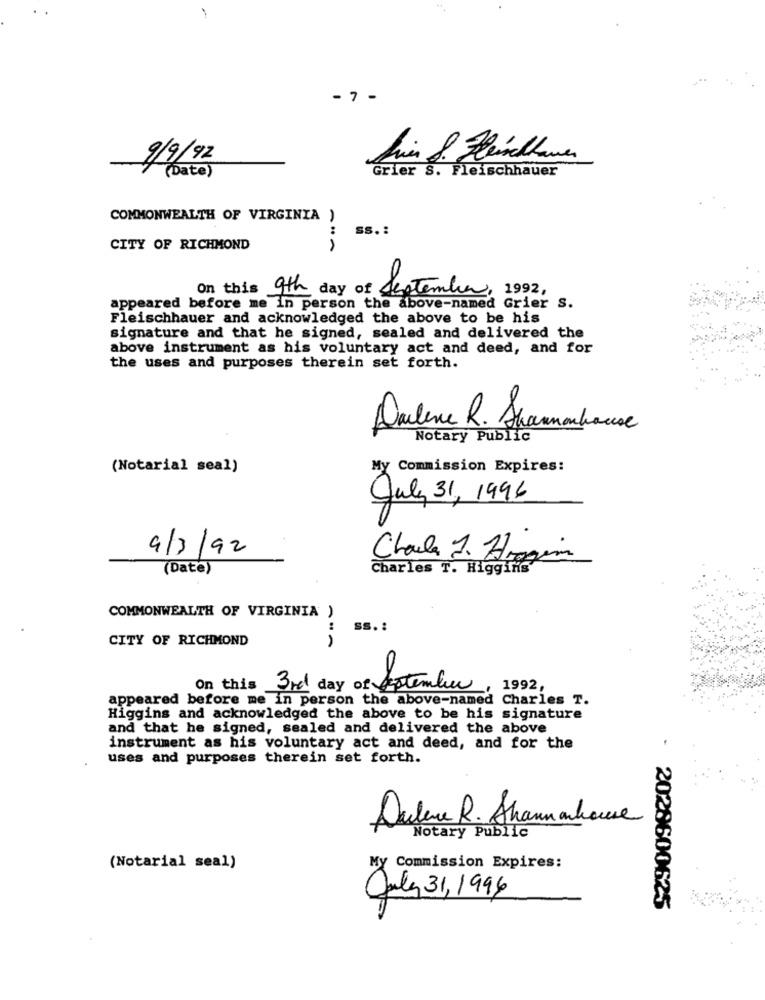
- 7 -
hier 8. Heinclave
9/9/92
Grier S. Fleischhauer
(Date)
COMMONWEALTH OF VIRGINIA )
Ss .:
CITY OF RICHMOND
On this 9th day of September, 1992,
appeared before me in person the above-named Grier S.
Fleischhauer and acknowledged the above to be his
signature and that he signed, sealed and delivered the
above instrument as his voluntary act and deed, and for
the uses and purposes therein set forth.
Dalene R. Shamanhouse
Notary Public
(Notarial seal)
My Commission Expires:
July 31, 1996
9/3/92
Chaule J. Hogan
(Date)
Charles T. Higgins
COMMONWEALTH OF VIRGINIA
ss. :
CITY OF RICHMOND
On this 3rd day of september,
1992,
appeared before me in person the above-named Charles T.
Higgins and acknowledged the above to be his signature
and that he signed, sealed and delivered the above
instrument as his voluntary act and deed, and for the
uses and purposes therein set forth.
Dalene R. Shamanhouse
Notary Public
(Notarial seal)
My Commission Expires:
July 31, 1996
. 2020600625